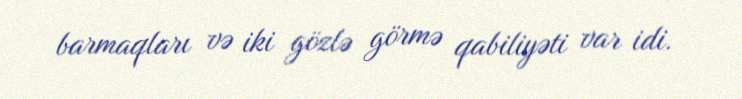
barmaqları və iki gözlə görmə qabiliyəti var idi.